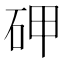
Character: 𥑐